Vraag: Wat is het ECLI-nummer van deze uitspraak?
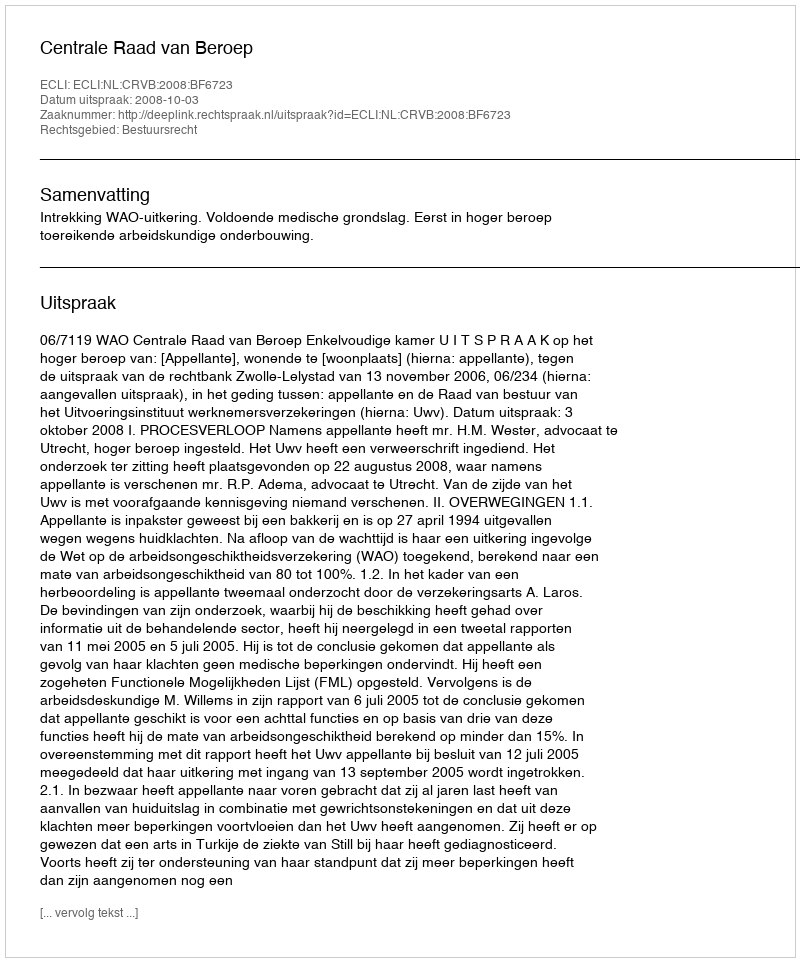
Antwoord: ECLI:NL:CRVB:2008:BF6723